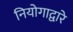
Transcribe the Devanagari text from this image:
नियोगाद्वारे